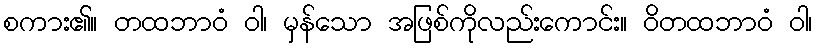
စကား၏။ တထဘာဝံ ဝါ၊ မှန်သော အဖြစ်ကိုလည်းကောင်း။ ဝိတထဘာဝံ ဝါ၊